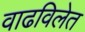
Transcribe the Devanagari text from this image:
वाढविलेत